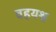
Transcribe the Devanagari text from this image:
वहयश्व